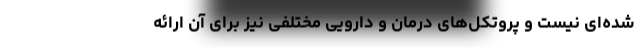
شده‌ای نیست و پروتکل‌های درمان و دارویی مختلفی نیز برای آن ارائه